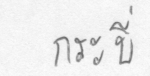
กระบี่